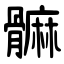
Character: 髍